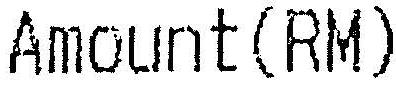
AMOUNT(RM)